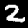
Digit: 2